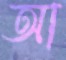
আ